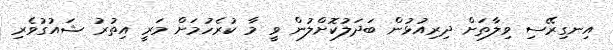
އިނގިރޭސި ވިލާތަށް ދިރިއުޅުން ބަދަލުކޮށްލުން ވީ މާ ކުރެހުމަށް މަރީ އިތުރު ޝައުގުވެރި